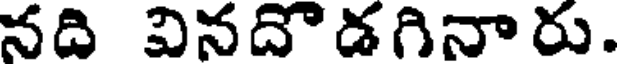
నది వినదొడగినారు.